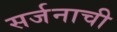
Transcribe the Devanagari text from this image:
सर्जनाची